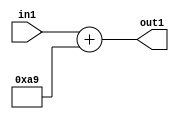
`timescale 1ps / 1ps
/*****************************************************************************
    Verilog RTL Description
    
    
    Created by: Stratus DpOpt 2019.1.01 
*******************************************************************************/

module DC_Filter_Add_12U_284_1 (
	in1,
	out1
	); /* architecture "behavioural" */ 
input [11:0] in1;
output [11:0] out1;
wire [11:0] asc001;

assign asc001 = 
	+(in1)
	+(12'B000010101001);

assign out1 = asc001;
endmodule

/* CADENCE  urnxSgs= : u9/ySgnWtBlWxVPRXgAZ4Og= ** DO NOT EDIT THIS LINE ******/